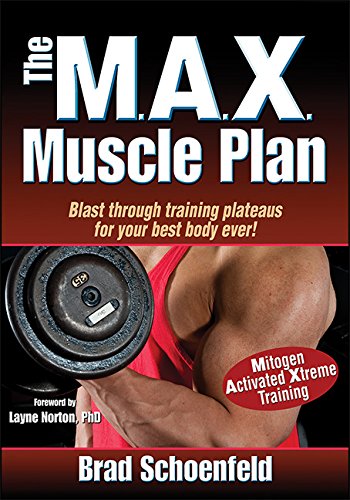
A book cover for M.A.X. Muscle Plan, The; Brad Schoenfeld; Health, Fitness & Dieting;